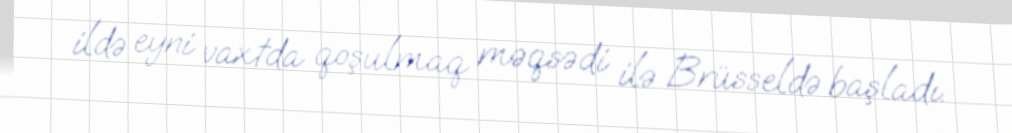
ildə eyni vaxtda qoşulmaq məqsədi ilə Brüsseldə başladı.